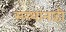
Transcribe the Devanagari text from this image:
संस्थांनाही